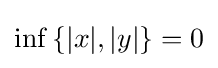
\inf \left\{|x|,|y|\right\}=0